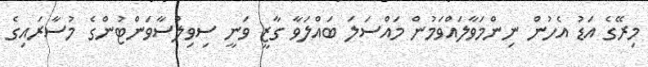
މިރޭގެ އަޑު އެހުން ނިންމަވާލައްވަމުން މައްސަލަ ބައްލަވާ ގާޒީ ވަނީ ސިވިލްސާވަންޓުންގެ މުސާރައިގެ